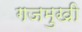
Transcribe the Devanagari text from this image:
गजमुखी